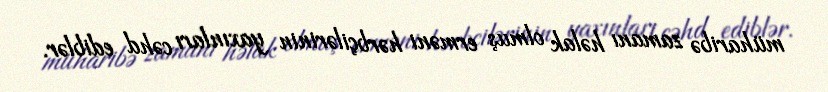
müharibə zamanı həlak olmuş erməni hərbçilərinin yaxınları cəhd ediblər.